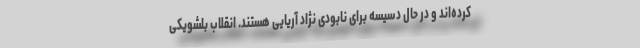
کرده‌اند و در حال دسیسه برای نابودی نژاد آریایی هستند. انقلاب بلشویکی